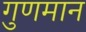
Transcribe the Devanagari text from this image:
गुणमान